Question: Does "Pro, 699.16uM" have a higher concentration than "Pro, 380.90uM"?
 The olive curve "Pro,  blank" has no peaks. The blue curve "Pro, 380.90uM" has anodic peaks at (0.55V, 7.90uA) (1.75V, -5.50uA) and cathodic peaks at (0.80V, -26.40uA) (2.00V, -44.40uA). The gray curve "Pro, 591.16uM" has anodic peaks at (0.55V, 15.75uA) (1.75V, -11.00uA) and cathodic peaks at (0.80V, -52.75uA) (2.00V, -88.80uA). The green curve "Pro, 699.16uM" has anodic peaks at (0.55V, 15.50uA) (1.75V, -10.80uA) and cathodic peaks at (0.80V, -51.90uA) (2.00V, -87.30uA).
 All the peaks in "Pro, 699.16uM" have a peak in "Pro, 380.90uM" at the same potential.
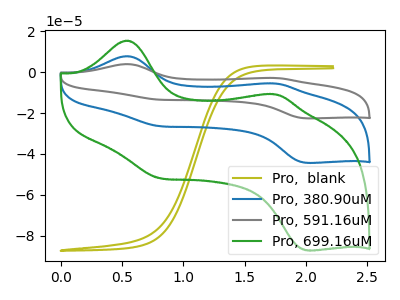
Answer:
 <answer>I cant tell if "Pro, 699.16uM" or "Pro, 380.90uM" has higher concentration.</answer>
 <eval>mixed_concentration</eval>